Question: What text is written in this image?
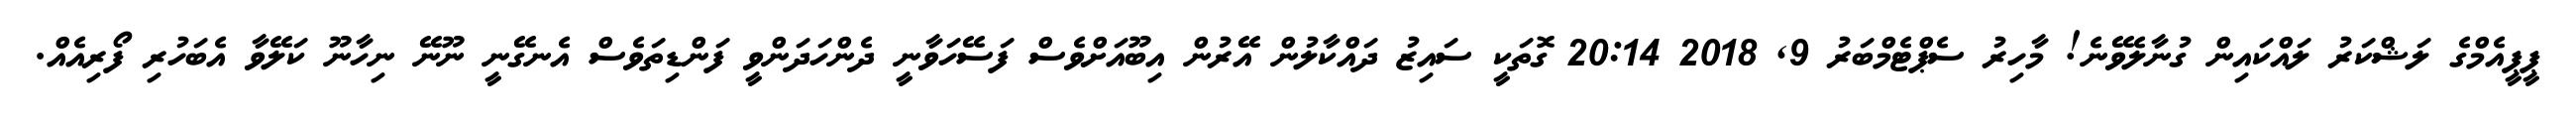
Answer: ޕީޕީއެމްގެ ލަޝްކަރު ލައްކައިން ގުނާލެވޭނެ! މާހިރު ސެޕްޓެމްބަރު 9, 2018 20:14 ގޮތަކީ ސައިޒު ދައްކާލުން އޭރުން އިބޫއަށްވެސް ފަސޭހަވާނީ ދެންހަދަންވީ ފަންޑިތަވެސް އެނގޭނީ ނޫނޭ ނިހާނޫ ކަލޭވާ އެބަހުރި ފޯރިއެއް.